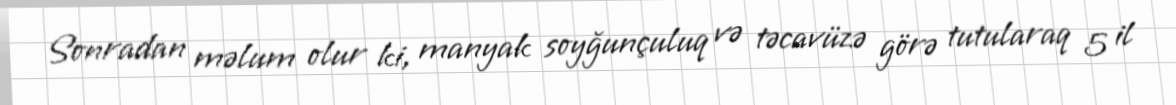
Sonradan məlum olur ki, manyak soyğunçuluq və təcavüzə görə tutularaq 5 il